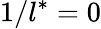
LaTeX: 1/l^{*}=0